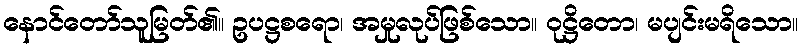
နောင်တော်သူမြတ်၏။ ဥပဋ္ဌစရော၊ အမှုလုပ်ဖြစ်သော။ ဝုဋ္ဌိတော၊ မပျင်းမရိသော။